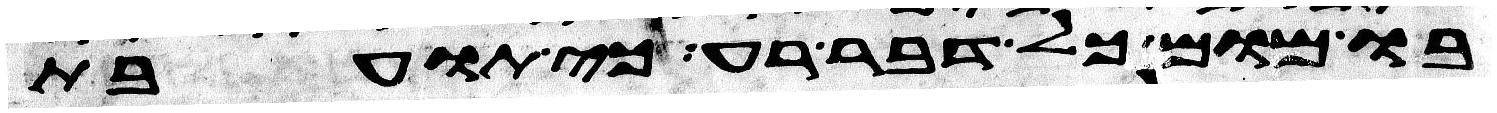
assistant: בו מום כל דבר רע כי תועבת